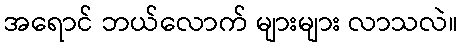
အရောင် ဘယ်လောက် များများ လာသလဲ။